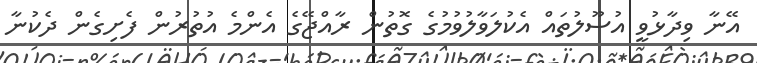
އޭނާ ވިދާޅުވީ އުސޫލުތައް އެކުލަވާލުވުމުގެ ގޮތުން ރާއްޖޭގެ އެންމެ އުތުރުން ފެށިގެން ދެކުނާ